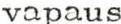
vapaus